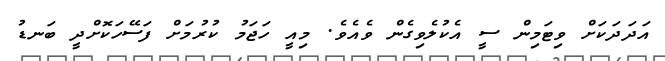
އަދަދަކަށް ވިޓަމިން ސީ އެކުލެވިގެން ވެއެވެ. މިއީ ހަޖަމު ކުރުމަށް ފަސޭހަކޮށްދީ ބަނޑު